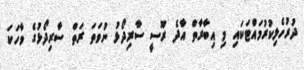
ދުރުހެލިކުރުމައްޓަކައި މި އިބާރާތް އާދެ ރޫސީ ސާރިދޯޅު ނުވަތަ ރަތް ސާރިދޯޅުގެ ވާހަކަ